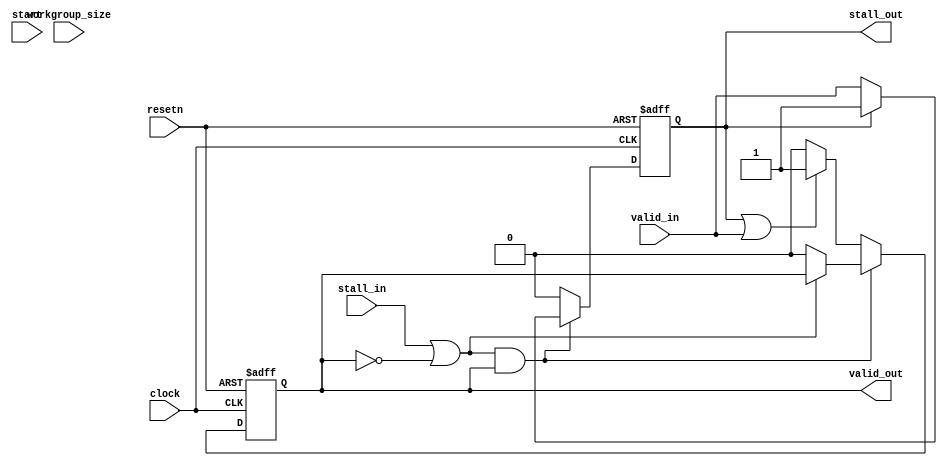
module graying_basic_block_2
	(
		input 		clock,
		input 		resetn,
		input 		valid_in,
		output 		stall_out,
		output 		valid_out,
		input 		stall_in,
		input [31:0] 		workgroup_size,
		input 		start
	);
wire _entry;
wire _exit;
 reg [31:0] _num_entry_NO_SHIFT_REG;
 reg [31:0] _num_exit_NO_SHIFT_REG;
wire [31:0] _num_live;
assign _entry = ((&valid_in) & ~((|stall_out)));
assign _exit = ((&valid_out) & ~((|stall_in)));
assign _num_live = (_num_entry_NO_SHIFT_REG - _num_exit_NO_SHIFT_REG);
always @(posedge clock or negedge resetn)
begin
	if (~(resetn))
	begin
		_num_entry_NO_SHIFT_REG <= 32'h0;
		_num_exit_NO_SHIFT_REG <= 32'h0;
	end
	else
	begin
		if (_entry)
		begin
			_num_entry_NO_SHIFT_REG <= (_num_entry_NO_SHIFT_REG + 2'h1);
		end
		if (_exit)
		begin
			_num_exit_NO_SHIFT_REG <= (_num_exit_NO_SHIFT_REG + 2'h1);
		end
	end
end
wire merge_node_stall_in;
 reg merge_node_valid_out_NO_SHIFT_REG;
wire merge_stalled_by_successors;
 reg merge_block_selector_NO_SHIFT_REG;
 reg merge_node_valid_in_staging_reg_NO_SHIFT_REG;
 reg is_merge_data_to_local_regs_valid_NO_SHIFT_REG;
 reg invariant_valid_NO_SHIFT_REG;
assign merge_stalled_by_successors = (|(merge_node_stall_in & merge_node_valid_out_NO_SHIFT_REG));
assign stall_out = merge_node_valid_in_staging_reg_NO_SHIFT_REG;
always @(*)
begin
	if ((merge_node_valid_in_staging_reg_NO_SHIFT_REG | valid_in))
	begin
		merge_block_selector_NO_SHIFT_REG = 1'b0;
		is_merge_data_to_local_regs_valid_NO_SHIFT_REG = 1'b1;
	end
	else
	begin
		merge_block_selector_NO_SHIFT_REG = 1'b0;
		is_merge_data_to_local_regs_valid_NO_SHIFT_REG = 1'b0;
	end
end
always @(posedge clock or negedge resetn)
begin
	if (~(resetn))
	begin
		merge_node_valid_in_staging_reg_NO_SHIFT_REG <= 1'b0;
	end
	else
	begin
		if (((merge_block_selector_NO_SHIFT_REG != 1'b0) | merge_stalled_by_successors))
		begin
			if (~(merge_node_valid_in_staging_reg_NO_SHIFT_REG))
			begin
				merge_node_valid_in_staging_reg_NO_SHIFT_REG <= valid_in;
			end
		end
		else
		begin
			merge_node_valid_in_staging_reg_NO_SHIFT_REG <= 1'b0;
		end
	end
end
always @(posedge clock or negedge resetn)
begin
	if (~(resetn))
	begin
		merge_node_valid_out_NO_SHIFT_REG <= 1'b0;
	end
	else
	begin
		if (~(merge_stalled_by_successors))
		begin
			merge_node_valid_out_NO_SHIFT_REG <= is_merge_data_to_local_regs_valid_NO_SHIFT_REG;
		end
		else
		begin
			if (~(merge_node_stall_in))
			begin
				merge_node_valid_out_NO_SHIFT_REG <= 1'b0;
			end
		end
	end
end
always @(posedge clock or negedge resetn)
begin
	if (~(resetn))
	begin
		invariant_valid_NO_SHIFT_REG <= 1'b0;
	end
	else
	begin
		invariant_valid_NO_SHIFT_REG <= (~(start) & (invariant_valid_NO_SHIFT_REG | is_merge_data_to_local_regs_valid_NO_SHIFT_REG));
	end
end
wire branch_var__inputs_ready;
wire branch_var__output_regs_ready;
assign branch_var__inputs_ready = merge_node_valid_out_NO_SHIFT_REG;
assign branch_var__output_regs_ready = ~(stall_in);
assign merge_node_stall_in = (~(branch_var__output_regs_ready) | ~(branch_var__inputs_ready));
assign valid_out = branch_var__inputs_ready;
endmodule